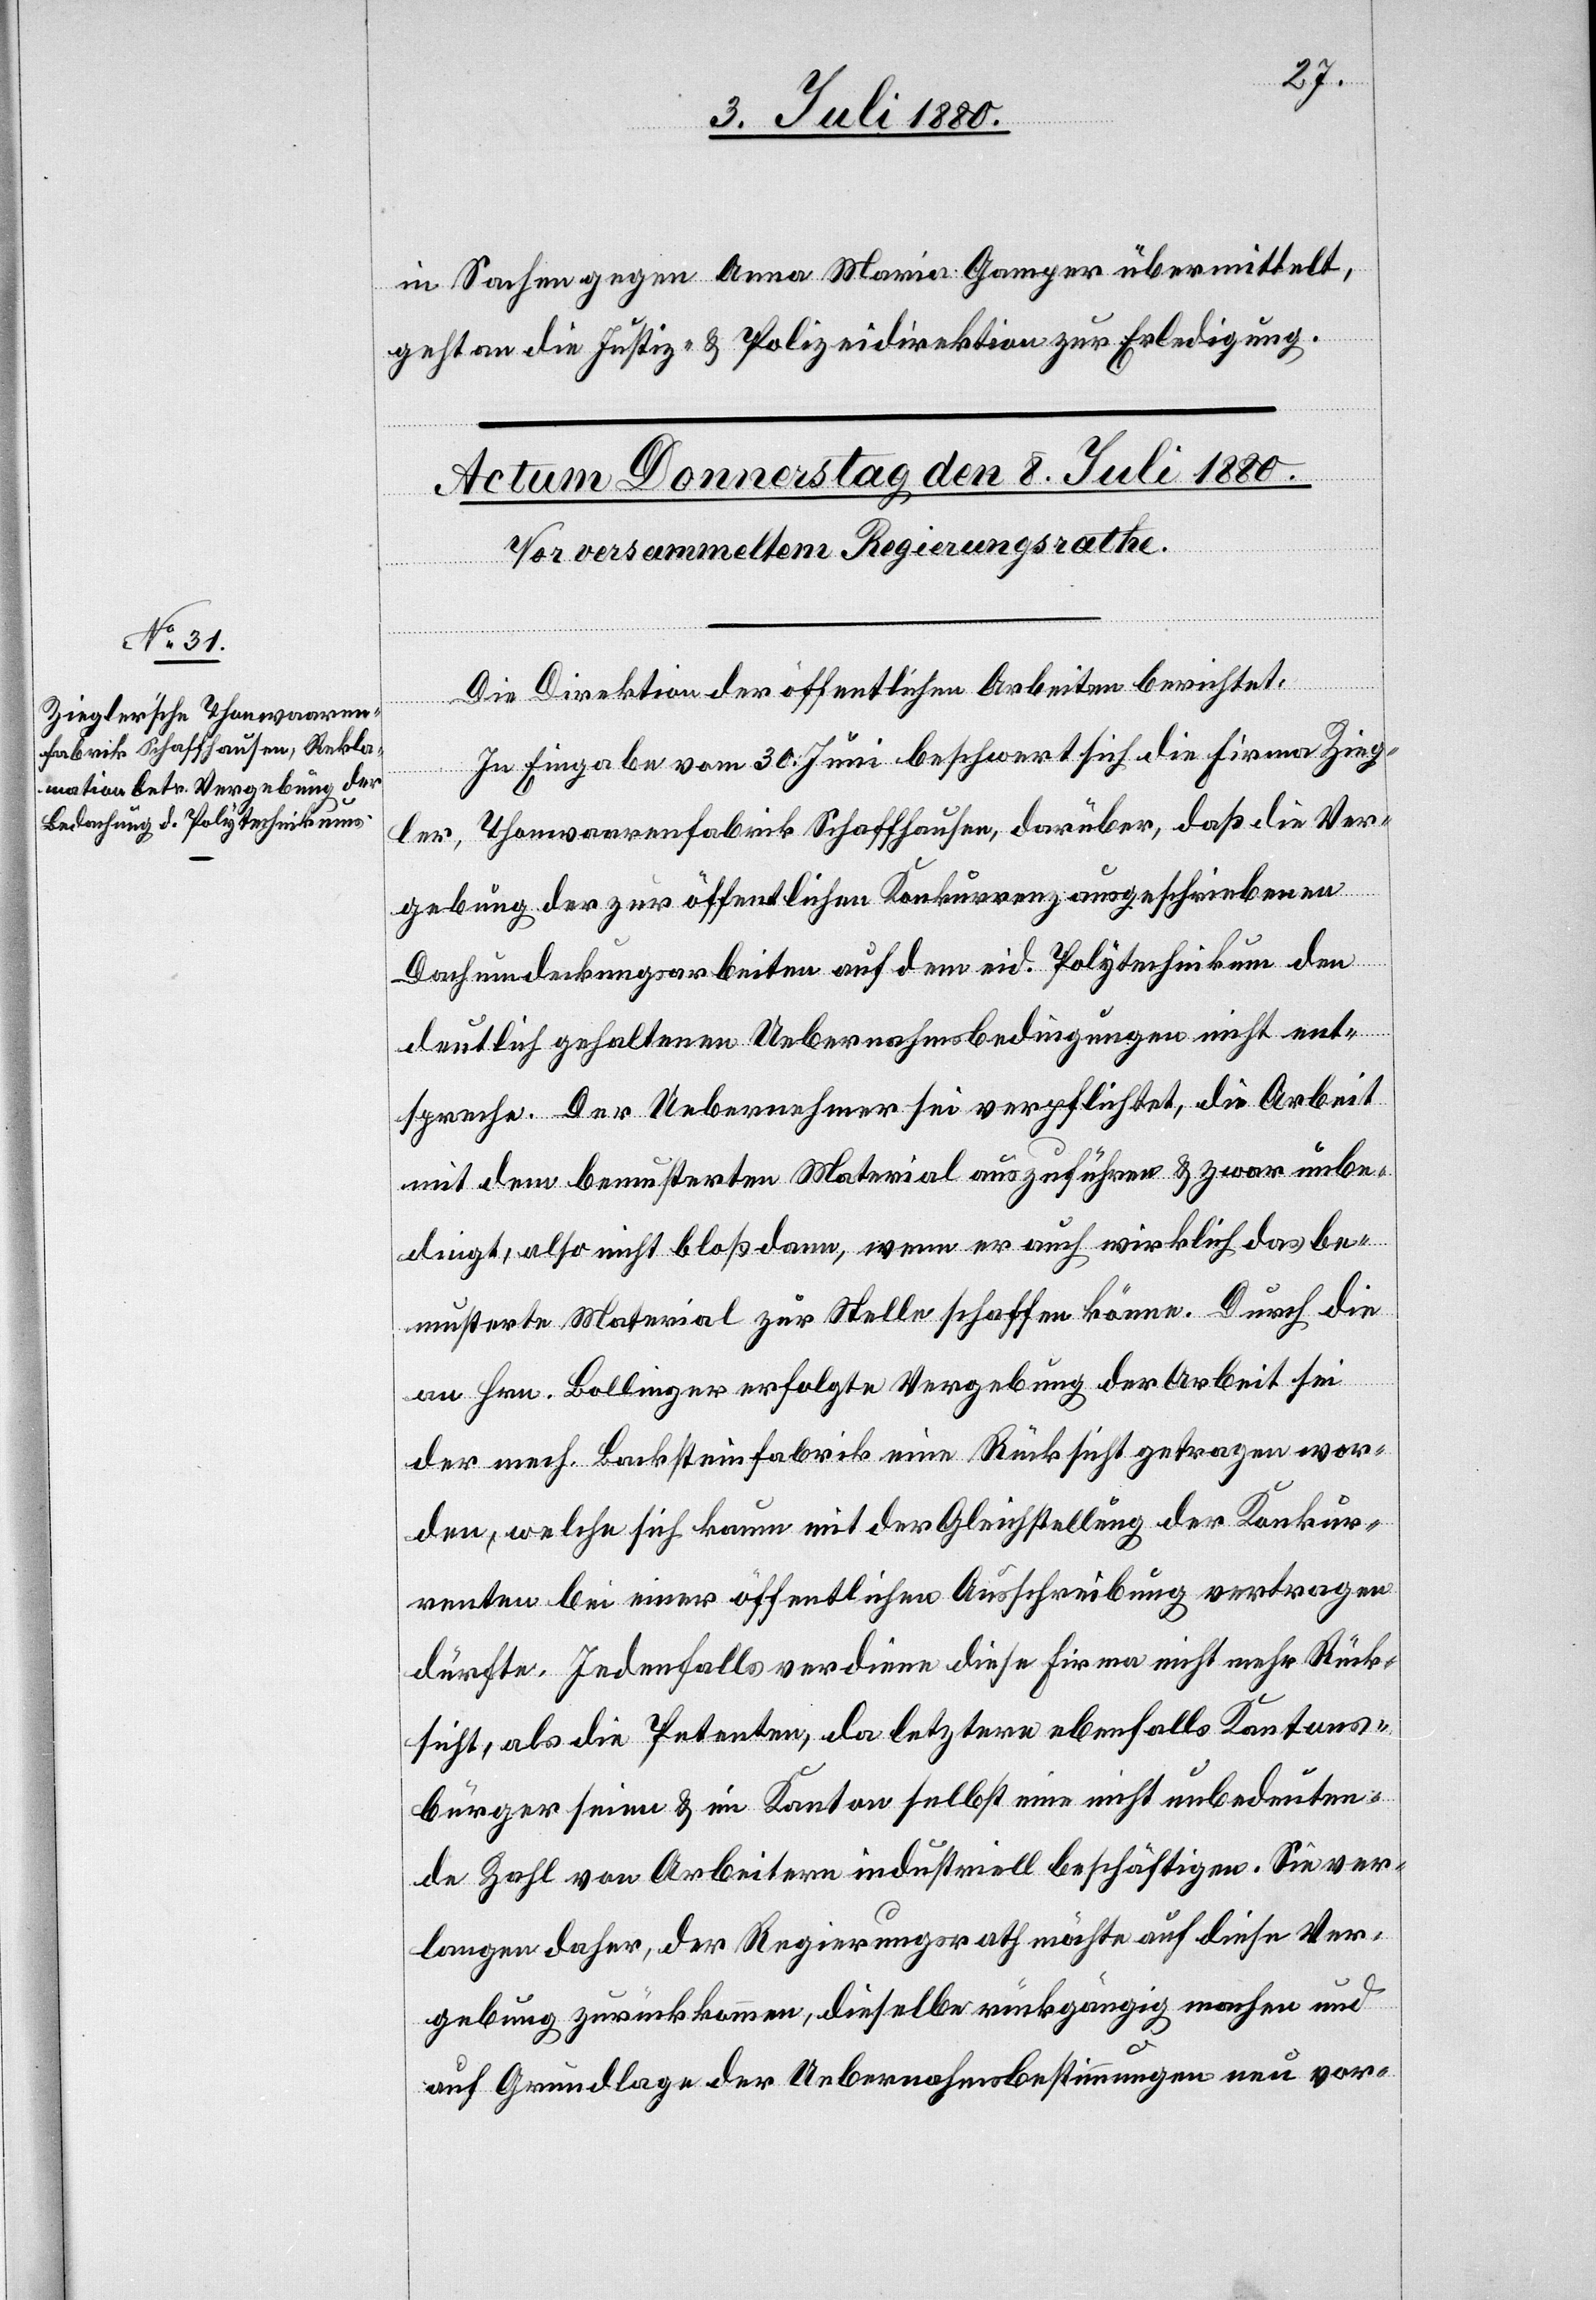
in Sachen gegen Anna Maria Gamper übermittelt,
geht an die Justiz- & Polizeidirektion zur Erledigung.
Die Direktion der öffentlichen Arbeiten berichtet:
In Eingabe vom 30. Juni beschwert sich die Firma Zieg¬
ler, Thonwaarenfabrik Schaffhausen, darüber, daß die Ver¬
gebung der zur öffentlichen Konkurrenz ausgeschriebenen
Dachumdeckungsarbeiten auf dem eid. Polytechnikum den
deutlich gehaltenen Uebernahmsbedingungen nicht ent¬
spreche. Der Uebernehmer sei verpflichtet, die Arbeit
mit dem bemusterten Material auszuführen & zwar unbe¬
dingt, also nicht bloß dann, wenn er auch wirklich das be¬
musterte Material zur Stelle schaffen könne. Durch die
an Hrn. Bollinger erfolgte Vergebung der Arbeit sei
der mech. Backsteinfabrik eine Rücksicht getragen wor¬
den, welche sich kaum mit der Gleichstellung der Konkur¬
renten bei einer öffentlichen Ausschreibung vertragen
dürfte. Jedenfalls verdiene diese Firma nicht mehr Rück¬
sicht, als die Petenten, da letztere ebenfalls Kantons¬
bürger seien & im Kanton selbst eine nicht unbedeuten¬
de Zahl von Arbeitern industriell beschäftigen. Sie ver¬
langen daher, der Regierungsrath möchte auf diese Ver¬
gebung zurückkommen, dieselbe rückgängig machen und
auf Grundlage der Uebernahmsbestimmungen neu vor-